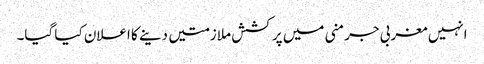
انہیں مغربی جرمنی میں پرکشش ملازمتیں دینے کا اعلان کیا گیا۔